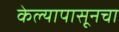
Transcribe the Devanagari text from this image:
केल्यापासूनचा